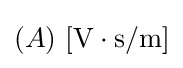
(A)\ \mathrm {[V\cdot s/m]}